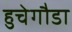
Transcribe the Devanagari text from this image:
हुचेगौडा